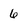
Character: 6